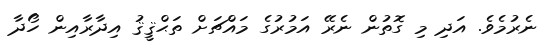
ނެރުމެވެ. އަދި މި ގޮތުން ނެރޭ އަމުރުގެ މައްޗަށް ތަޙްޤީޤު އިދާރާއިން ހޯދާ